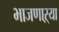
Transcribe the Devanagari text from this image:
भाजणाऱ्या